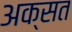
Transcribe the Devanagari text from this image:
अक्सत